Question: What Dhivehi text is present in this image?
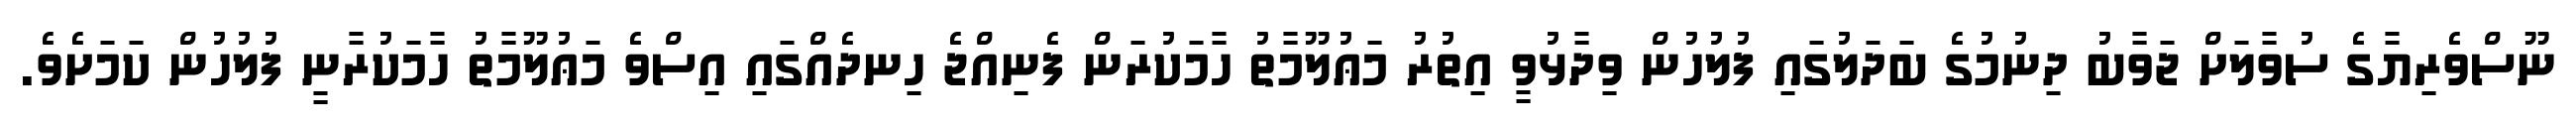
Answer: ނޫސްވެރިޔާގެ ސުވާލަށް ޖަވާބު ދިނުމުގެ ބަދަލުގައި ފުލުހުން ވިދާޅުވީ އިތުރު މަޢުލޫމާތު ހާމަކުރަން ފެނިއްޖެ ހިނދެއްގައި އިސްވެ މަޢުލޫމާތު ހާމަކުރާނީ ފުލުހުން ކަމަށެވެ.